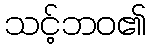
သင့်ဘဝ၏